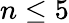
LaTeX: n\le 5